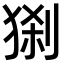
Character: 𤟆